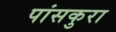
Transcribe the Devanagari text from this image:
पांसकुरा